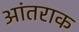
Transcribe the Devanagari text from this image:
आंतराक